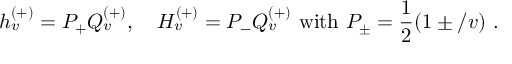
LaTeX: h _ { v } ^ { ( + ) } = P _ { + } Q _ { v } ^ { ( + ) } , \quad H _ { v } ^ { ( + ) } = P _ { - } Q _ { v } ^ { ( + ) } \mathrm { ~ w i t h ~ } P _ { \pm } = \frac { 1 } { 2 } ( 1 \pm \slash { v } ) \ .